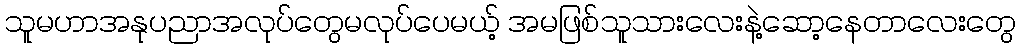
သူမဟာအနုပညာအလုပ်တွေမလုပ်ပေမယ့် အမဖြစ်သူသားလေးနဲ့ဆော့နေတာလေးတွေ